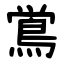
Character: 鴬